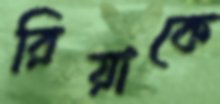
রিয়াকে